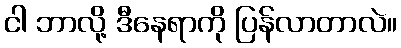
ငါ ဘာလို့ ဒီနေရာကို ပြန်လာတာလဲ။